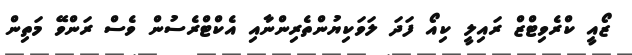
ޒޯއީ ކްރެވިޓްޒް ރައިލީ ކިއޯ ފަދަ ލަވަކިޔުންތެރިންނާއި އެކްޓްރެސުން ވެސް ރަންވޭ މަތިން